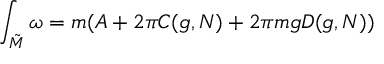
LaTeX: \int _ { { \tilde { M } } } \omega = m ( A + 2 \pi C ( g , N ) + 2 \pi m g D ( g , N ) )